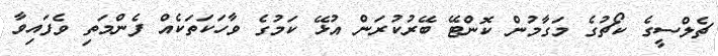
ޗެލްސީގެ ކޯޗުގެ މަގާމުން ކޮންޓޭ ބޭރުކުރަން އުޅޭ ކަމުގެ ވާހަކަތަކެއް ފެންމަތި ވެފައިވާ